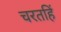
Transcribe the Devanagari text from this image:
चरतहिं